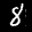
Label: 8